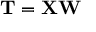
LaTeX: \mathbf { T } = \mathbf { X } \mathbf { W }